Report of the Imperial Institute of Veterinary Research, Muktesar
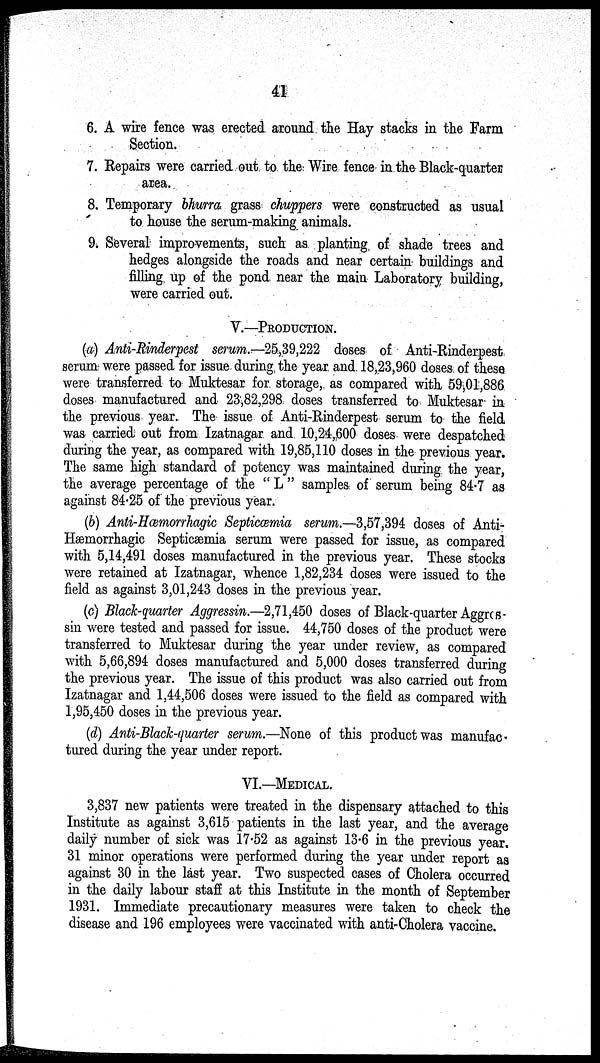
41
6. A wire fence was erected around the Hay stacks in the Farm
Section.
7. Repairs were carried out to the Wire fence in the Black-quarter
area.
8. Temporary bhurra grass chuppers were constructed as usual
to house the serum-making animals.
9. Several improvements, such as planting of shade trees and
hedges alongside the roads and near certain buildings and
filling up of the pond near the main Laboratory building,
were carried out.
V.—PRODUCTION.
(a) Anti-Rinderpest serum.— 25,39,222 doses of Anti-Rinderpest
serum were passed for issue during the year and 18,23,960 doses of these
were transferred to Muktesar for storage, as compared with 59,01,886
doses manufactured and 23,82,298 doses transferred to Muktesar in
the previous year. The issue of Anti-Rinderpest serum to the field
was carried out from Izatnagar and 10,24,600 doses were despatched
during the year, as compared with 19,85,110 doses in the previous year.
The same high standard of potency was maintained during the year,
the average percentage of the " L " samples of serum being 84.7 as
against 84.25 of the previous year.
(b) Anti-Hæmorrhagic Septicæmia serum.—3,57,394 doses of Anti-
Hæmorrhagic Septicæmia serum were passed for issue, as compared
with 5,14,491 doses manufactured in the previous year. These stocks
were retained at Izatnagar, whence 1,82,234 doses were issued to the
field as against 3,01,243 doses in the previous year.
(c) Black-quarter Aggressin.—2,71,450 doses of Black-quarter Aggres-
sin were tested and passed for issue. 44,750 doses of the product were
transferred to Muktesar during the year under review, as compared
with 5,66,894 doses manufactured and 5,000 doses transferred during
the previous year. The issue of this product was also carried out from
Izatnagar and 1,44,506 doses were issued to the field as compared with
1,95,450 doses in the previous year.
(d) Anti-Black-quarter serum.—None of this product was manufac-
tured during the year under report.
VI.—MEDICAL.
3,837 new patients were treated in the dispensary attached to this
Institute as against 3,615 patients in the last year, and the average
daily number of sick was 17.52 as against 13.6 in the previous year.
31 minor operations were performed during the year under report as
against 30 in the last year. Two suspected cases of Cholera occurred
in the daily labour staff at this Institute in the month of September
1931. Immediate precautionary measures were taken to check the
disease and 196 employees were vaccinated with anti-Cholera vaccine.